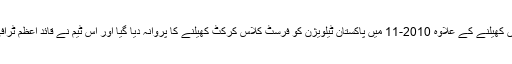
پیٹرنز ٹرافی میں کھیلنے کے علاوہ 2010-11 میں پاکستان ٹیلویژن کو فرسٹ کلاس کرکٹ کھیلنے کا پروانہ دیا گیا اور اس ٹیم نے قائد اعظم ٹرافی میں حصہ لیا۔